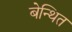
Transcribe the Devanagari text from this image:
बेन्थित